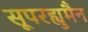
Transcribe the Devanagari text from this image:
सूपरह्युमैन